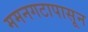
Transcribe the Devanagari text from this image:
ममनगटापासून